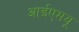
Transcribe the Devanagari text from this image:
आईएमयू